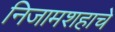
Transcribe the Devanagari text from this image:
निजामशहाचे